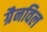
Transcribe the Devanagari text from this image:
ग्रैनविल